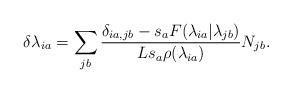
LaTeX: \begin{align*} \delta \lambda_{ia} = \sum_{jb} \frac{\delta_{ia,jb}-s_aF(\lambda_{ia}|\lambda_{jb})}{L s_a \rho(\lambda_{ia})}N_{jb}.\end{align*}